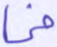
فى